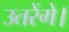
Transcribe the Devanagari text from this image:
उतरेंगे।